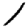
Digit: 1